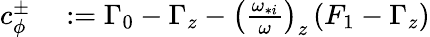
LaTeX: \begin{array}{rl}{c_{\phi}^{\pm}}&{{}:=\Gamma_{0}-\Gamma_{z}-\left(\frac{\omega_{*i}}{\omega}\right)_{z}\left(F_{1}-\Gamma_{z}\right)}\end{array}